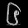
Digit: ၆